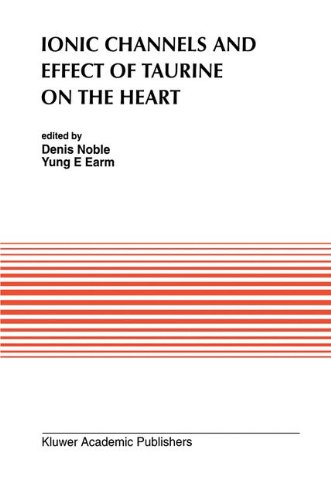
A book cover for Ionic Channels and Effect of Taurine on the Heart (Developments in Cardiovascular Medicine); Medical Books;